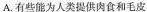
A.有些能为人类提供肉食和毛皮